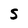
Character: S